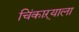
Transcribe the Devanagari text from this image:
चिंकाऱ्याला